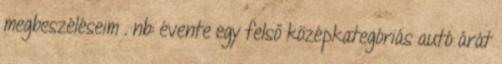
megbeszéléseim . nb: évente egy felső középkategóriás autó árát